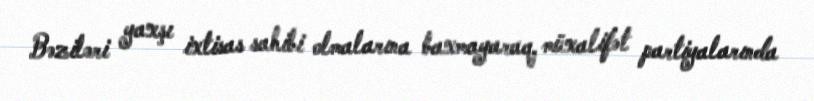
Bəziləri yaxşı ixtisas sahibi olmalarına baxmayaraq, müxalifət partiyalarında